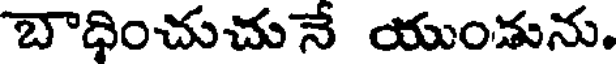
బాధించుచునే యుండును.